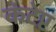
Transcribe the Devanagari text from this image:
कंटेप्ट